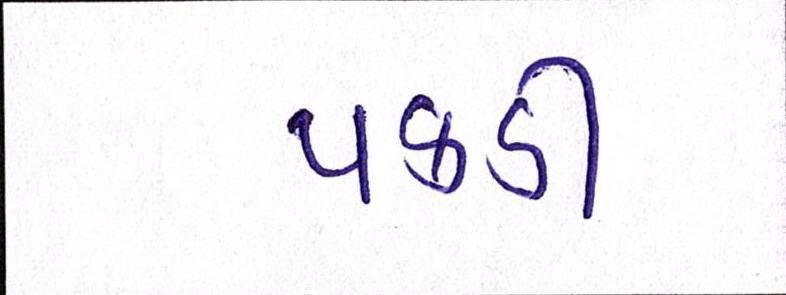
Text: પકડી